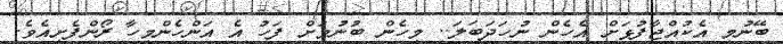
ބޭނުމީ އެކުއްޖާފުޅަށް އެހެން ނުހަދަބަލަ.. މިހެން ބުނުމަށް ފަހު އެ އަންހެންމީހާ ރޯންފެށިއެވެ.